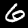
Label: 6